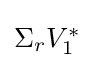
{\textstyle \Sigma _{r}V_{1}^{*}}